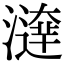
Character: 𤀱